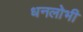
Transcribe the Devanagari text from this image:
धनलोभी